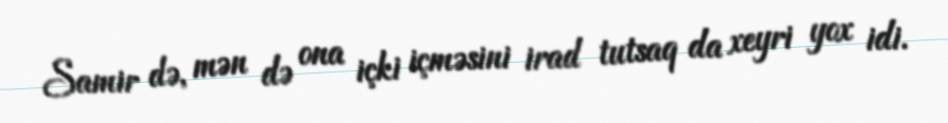
Samir də, mən də ona içki içməsini irad tutsaq da xeyri yox idi.